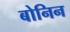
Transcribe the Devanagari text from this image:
बोनिन